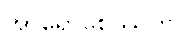
အာရောစေဿတိ